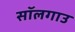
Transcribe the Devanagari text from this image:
सॉलगाउ